system: You are a helpful assistant.
user:
Analyze the provided spectrum to determine if it is a **Carbon Star (C-type)**.

- **Key Visual Indicators of Carbon Star:**
    - **(Primary):** Strong molecular absorption from **C₂ (diatomic carbon) "Swan Bands."** This is the **defining feature** of a carbon star.
        - **(Key Bandheads):** Sharp absorption edges are visible at approximately $5635$ Å, $5165$ Å (the strongest band), and $4737$ Å.
        - **(Line Profile):** Creates a distinct **"saw-tooth"** pattern. The key morphology is a sharp, steep bandhead on the **red (long-wavelength) side**, which then gradually tapers off (i.e., flux recovers) towards the **blue (short-wavelength) side**. *(This is the direct opposite of the TiO bands seen in M-type stars)*.

    - **(Secondary):** Intense **CN (cyanogen)** molecular absorption bands.
        - **(Key Bandheads):** Located in the blue and violet regions of the spectrum (e.g., near $4215$ Å and $3883$ Å).
        - **(Morphology):** These bands are extremely broad and act as a "blanket," absorbing the vast majority of blue and violet light. This creates a characteristic **"cliff"** or **"steep drop-off"** in the spectrum's flux at short wavelengths.

    - **(Key Confirmation):** Strong **CH absorption band (G-band)**.
        - **(Key Bandhead):** Located around $4300$ Å. The contribution from CH molecules to this band is exceptionally strong.

    - **(Overall Spectrum):**
        - The continuum is severely "chopped up" by these deep molecular bands, especially C₂, rather than appearing as a smooth curve.
        - Due to the heavy CN and C₂ absorption in the blue-green, the vast majority of the star's flux is concentrated in the red part of the spectrum, giving the star its characteristic deep red color.

Think first, call **spectral_visualization_tool** if needed to examine features in detail, then provide your final answer. Your response must adhere to the following strict rules:
1.  **Overall Structure:** Your response must follow the format `<think>...</think> <tool_call>...</tool_call> (if a tool is used) <answer>...</answer>`.
2.  **Tool Usage Constraint:** You may only make **one** tool call per turn.
3.  **Final Answer Format:** In the `<answer>` tag, your conclusion must be inside a `\boxed{}` command (e.g., `\boxed{YES}`), followed by your justification.

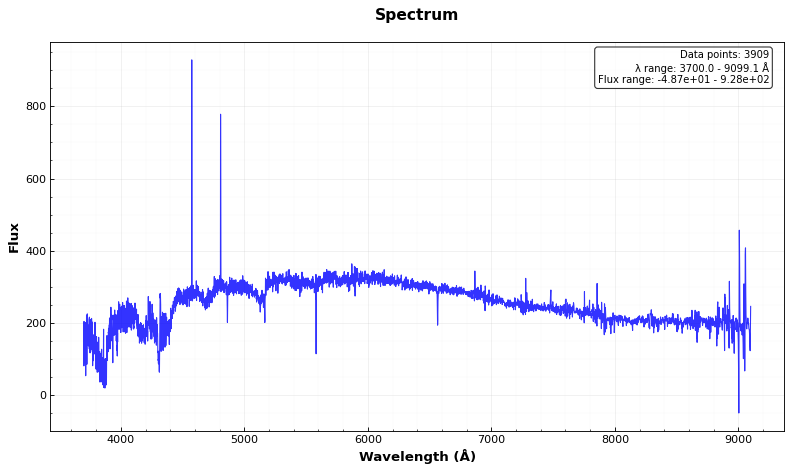
Answer: YES